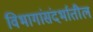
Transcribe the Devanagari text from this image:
विभागांसंदर्भातील